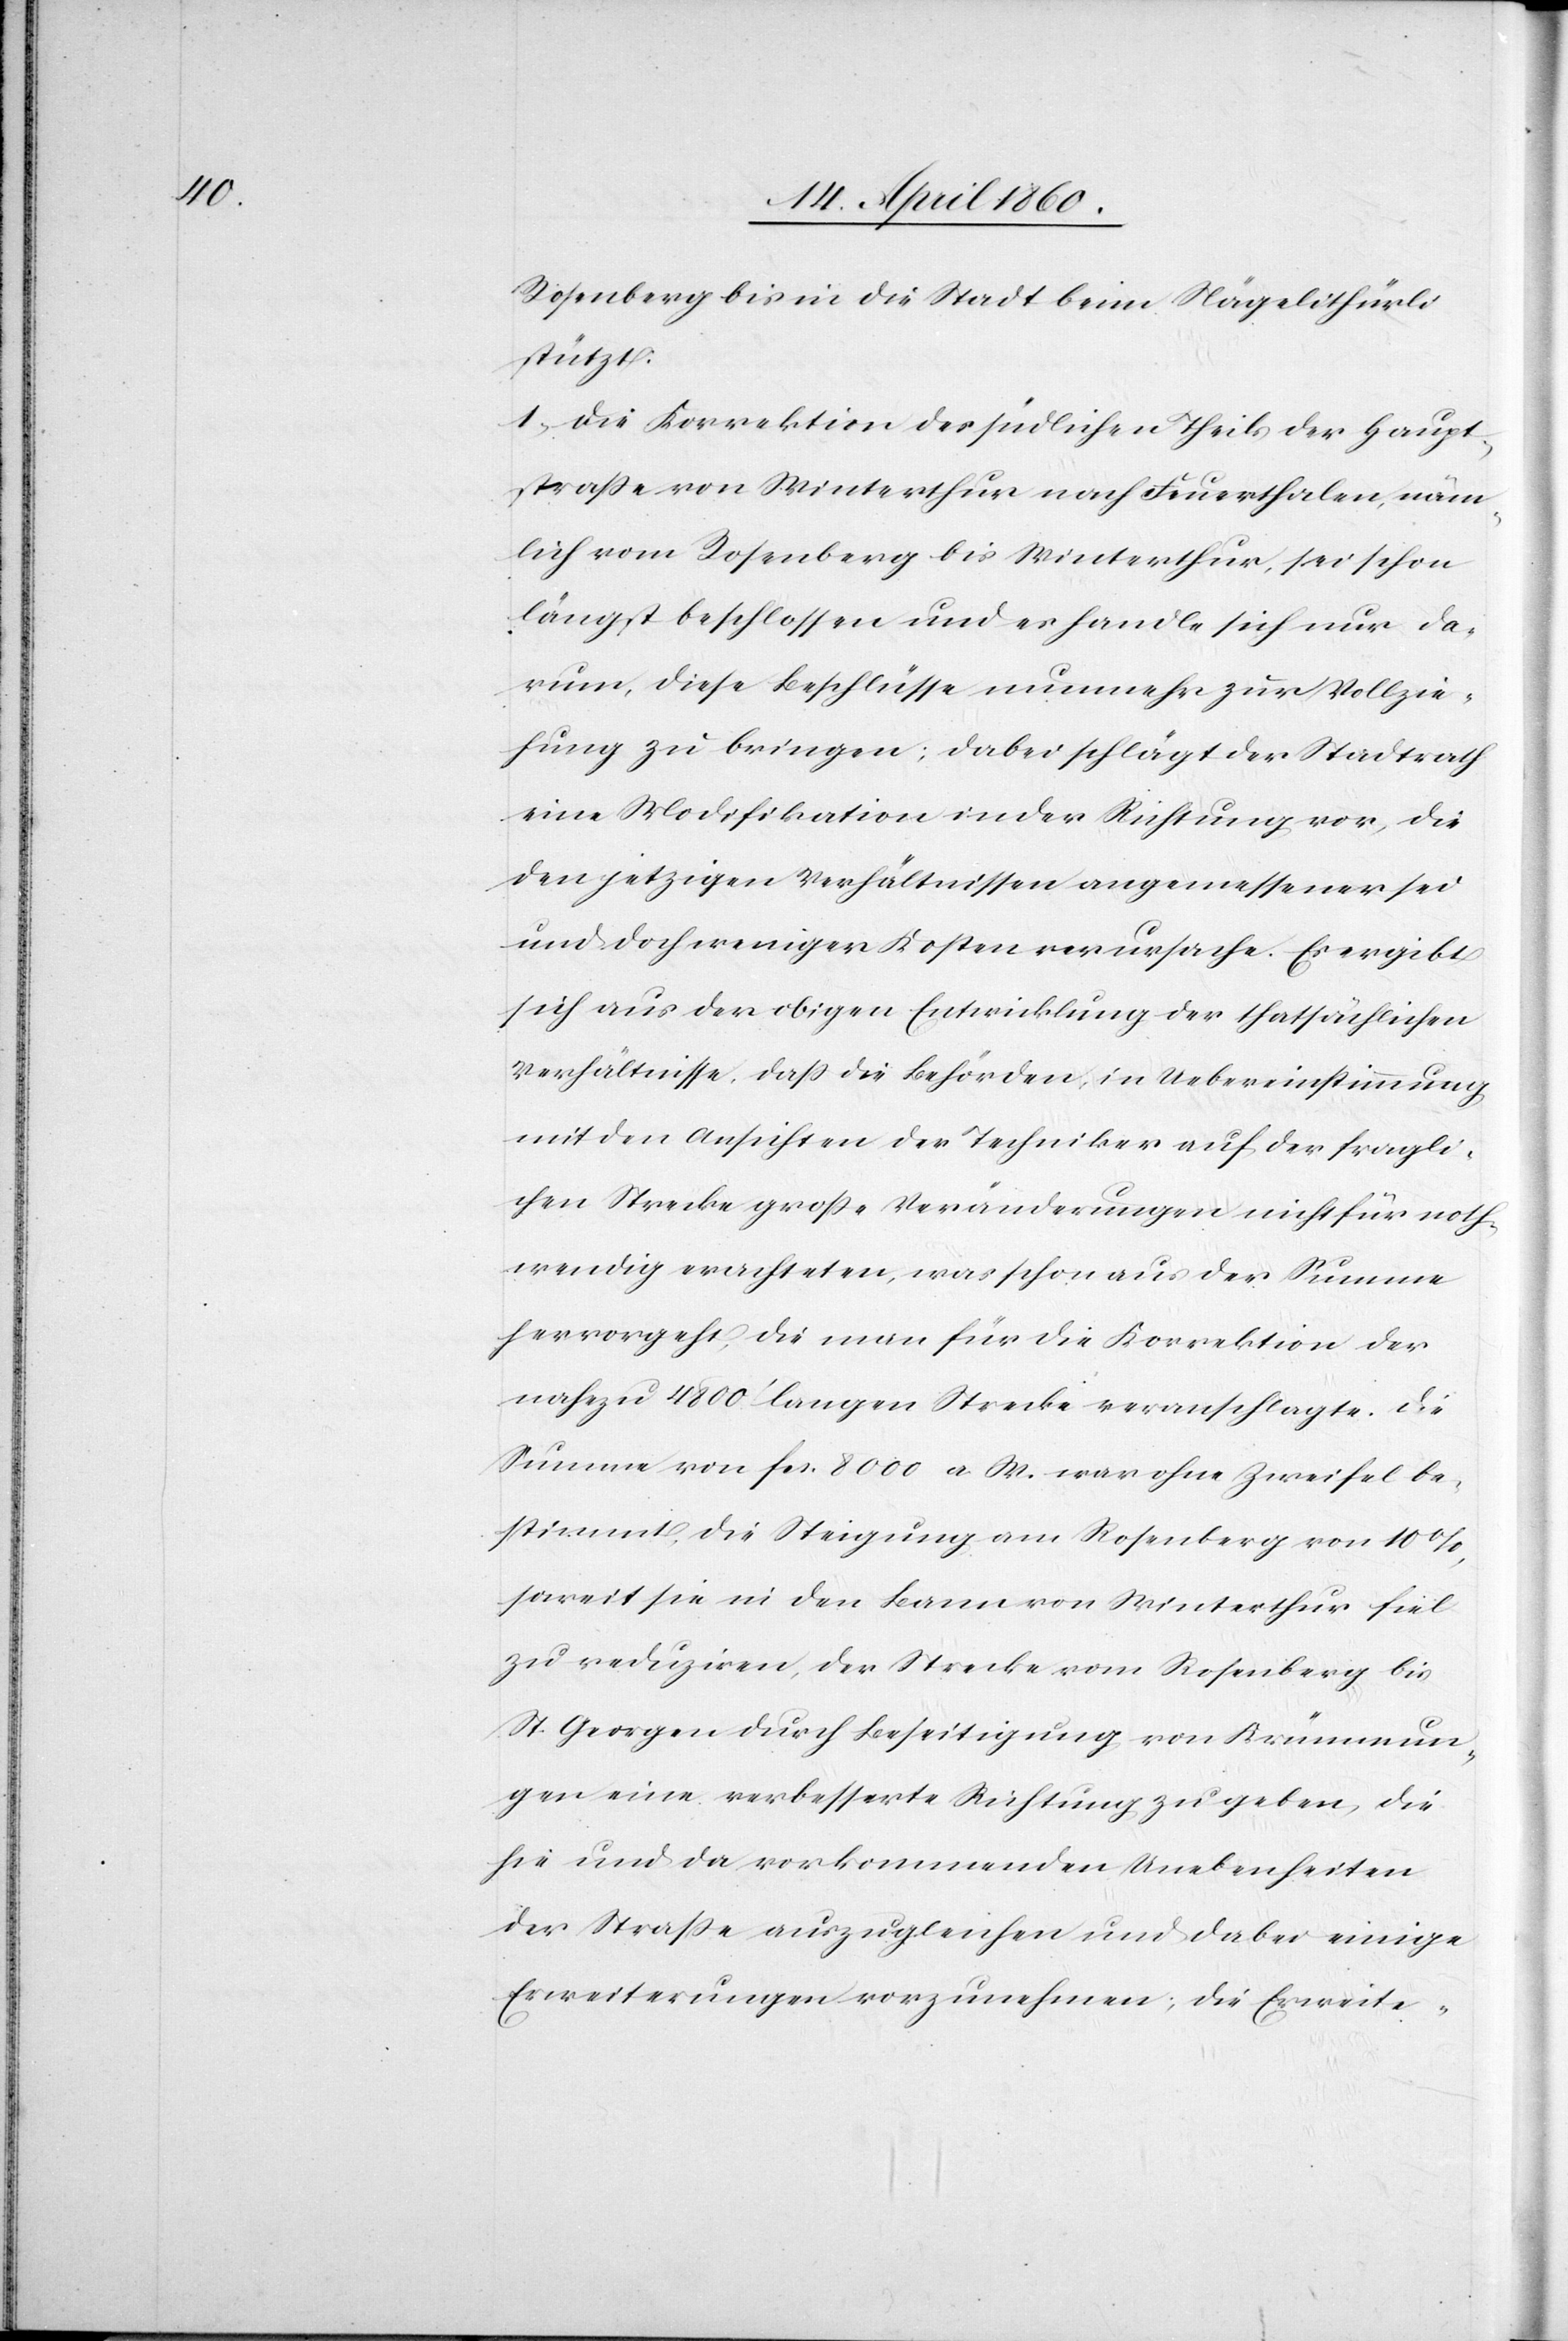
Rosenberg bis in die Stadt beim Nägelithürli
stützt.
1. Die Korrektion des südlichen Theils der Haupt¬
strasse von Winterthur nach Feuerthalen, näm¬
lich vom Rosenberg bis Winterthur, sei schon
längst beschlossen und es handle sich nur da¬
rum, diese Beschlüsse nunmehr zur Vollzie¬
hung zu bringen; dabei schlägt der Stadtrath
eine Modifikation in der Richtung vor, die
den jetzigen Verhältnissen angemessener sei
und doch weniger Kosten verursache. Es ergibt
sich aus der obigen Entwicklung der thatsächlichen
Verhältnisse, dass die Behörden, in Uebereinstimmung
mit den Ansichten der Techniker auf der fragli¬
chen Strecke grosse Veränderungen nicht für noth¬
wendig erachteten, was schon aus der Summe
hervorgeht, die man für die Korrektion der
nahezu 4800’ langen Strecke veranschlagte. Die
Summe von fcs. 8000 a. W. war ohne Zweifel be¬
stimmt, die Steigung am Rosenberg von 10%,
soweit sie in den Bann von Winterthur fiel
zu reduziren, der Strecke vom Rosenberg bis
St. Georgen durch Beseitigung von Krümmun¬
gen eine verbesserte Richtung zu geben, die
hie und da vorkommenden Unebenheiten
der Strasse auszugleichen und dabei einige
Erweiterungen vorzunehmen; die Erweite-